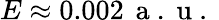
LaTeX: E\approx 0.002\, \mathrm{~a~.~u~.~}